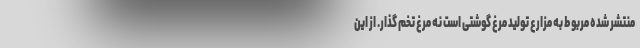
منتشر شده مربوط به مزارع تولید مرغ گوشتی است نه مرغ تخم گذار. از این